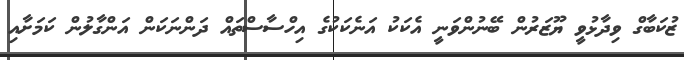
ޒުކަބާގް ވިދާޅުވީ ޔޫޒަރުން ބޭނުންވަނީ އެކަކު އަނެކަކުގެ އިހްސާސްތައް ދަންނަކަން އަންގާލުން ކަމަށާއި